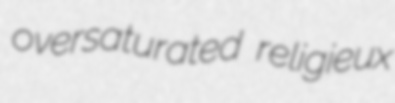
oversaturated religieux